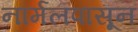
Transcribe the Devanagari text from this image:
नॉर्मलपासून